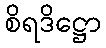
စိရဒိဋ္ဌော